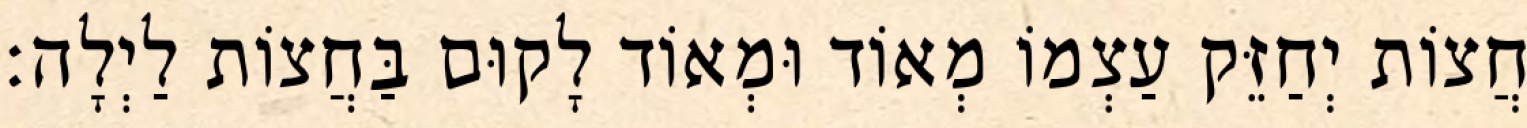
חֲצוֹת יְחַזֵּק עַצְמוֹ מְאוֹד וּמְאוֹד לָקוּם בַּחֲצוֹת לַיְלָה: